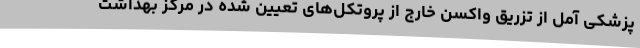
پزشکی آمل از تزریق واکسن خارج از پروتکل‌های تعیین شده در مرکز بهداشت